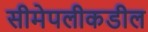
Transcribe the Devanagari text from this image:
सीमेपलीकडील